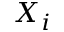
X _ { i }